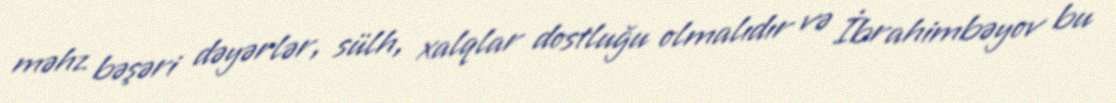
məhz bəşəri dəyərlər, sülh, xalqlar dostluğu olmalıdır və İbrahimbəyov bu